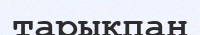
тарықпан